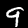
Digit: 9